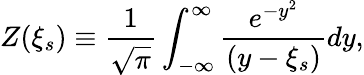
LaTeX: Z(\xi_{s})\equiv\frac{1}{\sqrt{\pi}}\int_{-\infty}^{\infty}\frac{e^{-y^{2}}}{(y-\xi_{s})}dy,